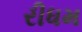
રીધમ